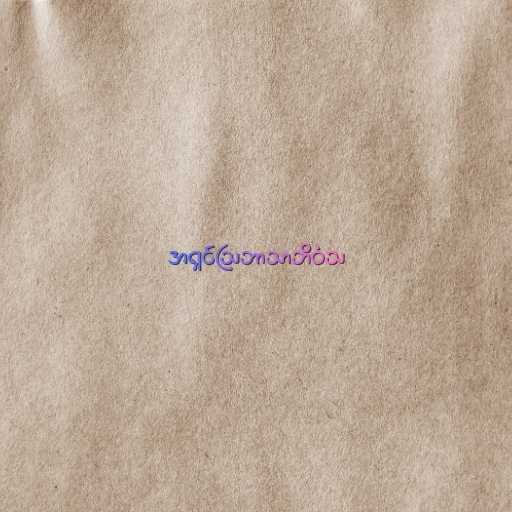
အရှင်သြဘာသာဘိဝံသ